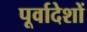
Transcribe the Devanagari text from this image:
पूर्वादेशों